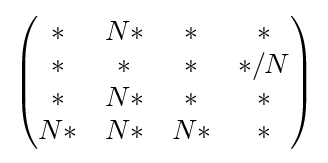
{\begin{pmatrix}*&N*&*&*\\{}*&*&*&*/N\\{}*&N*&*&*\\N*&N*&N*&*\end{pmatrix}}